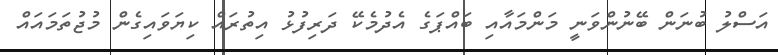
އަސްލު ބުނަން ބޭނުންވަނީ މަންމައާއި ބައްޕަގެ އެދުމެކޭ ދަރިފުޅު އިތުރައް ކިޔަވައިގެން މުޖުތަމައައް